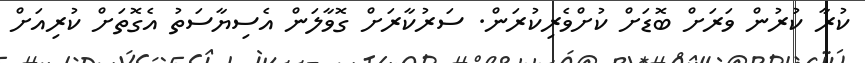
ކުރާ ކުރުން ވަރަށް ބޮޑަށް ކުށްވެރިކުރަން. ސަރުކާރަށް ގޮވާލަން އެސިޔާސަތު އެގޮތަށް ކުރިއަށް